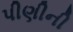
પીણીની